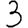
Digit: 3